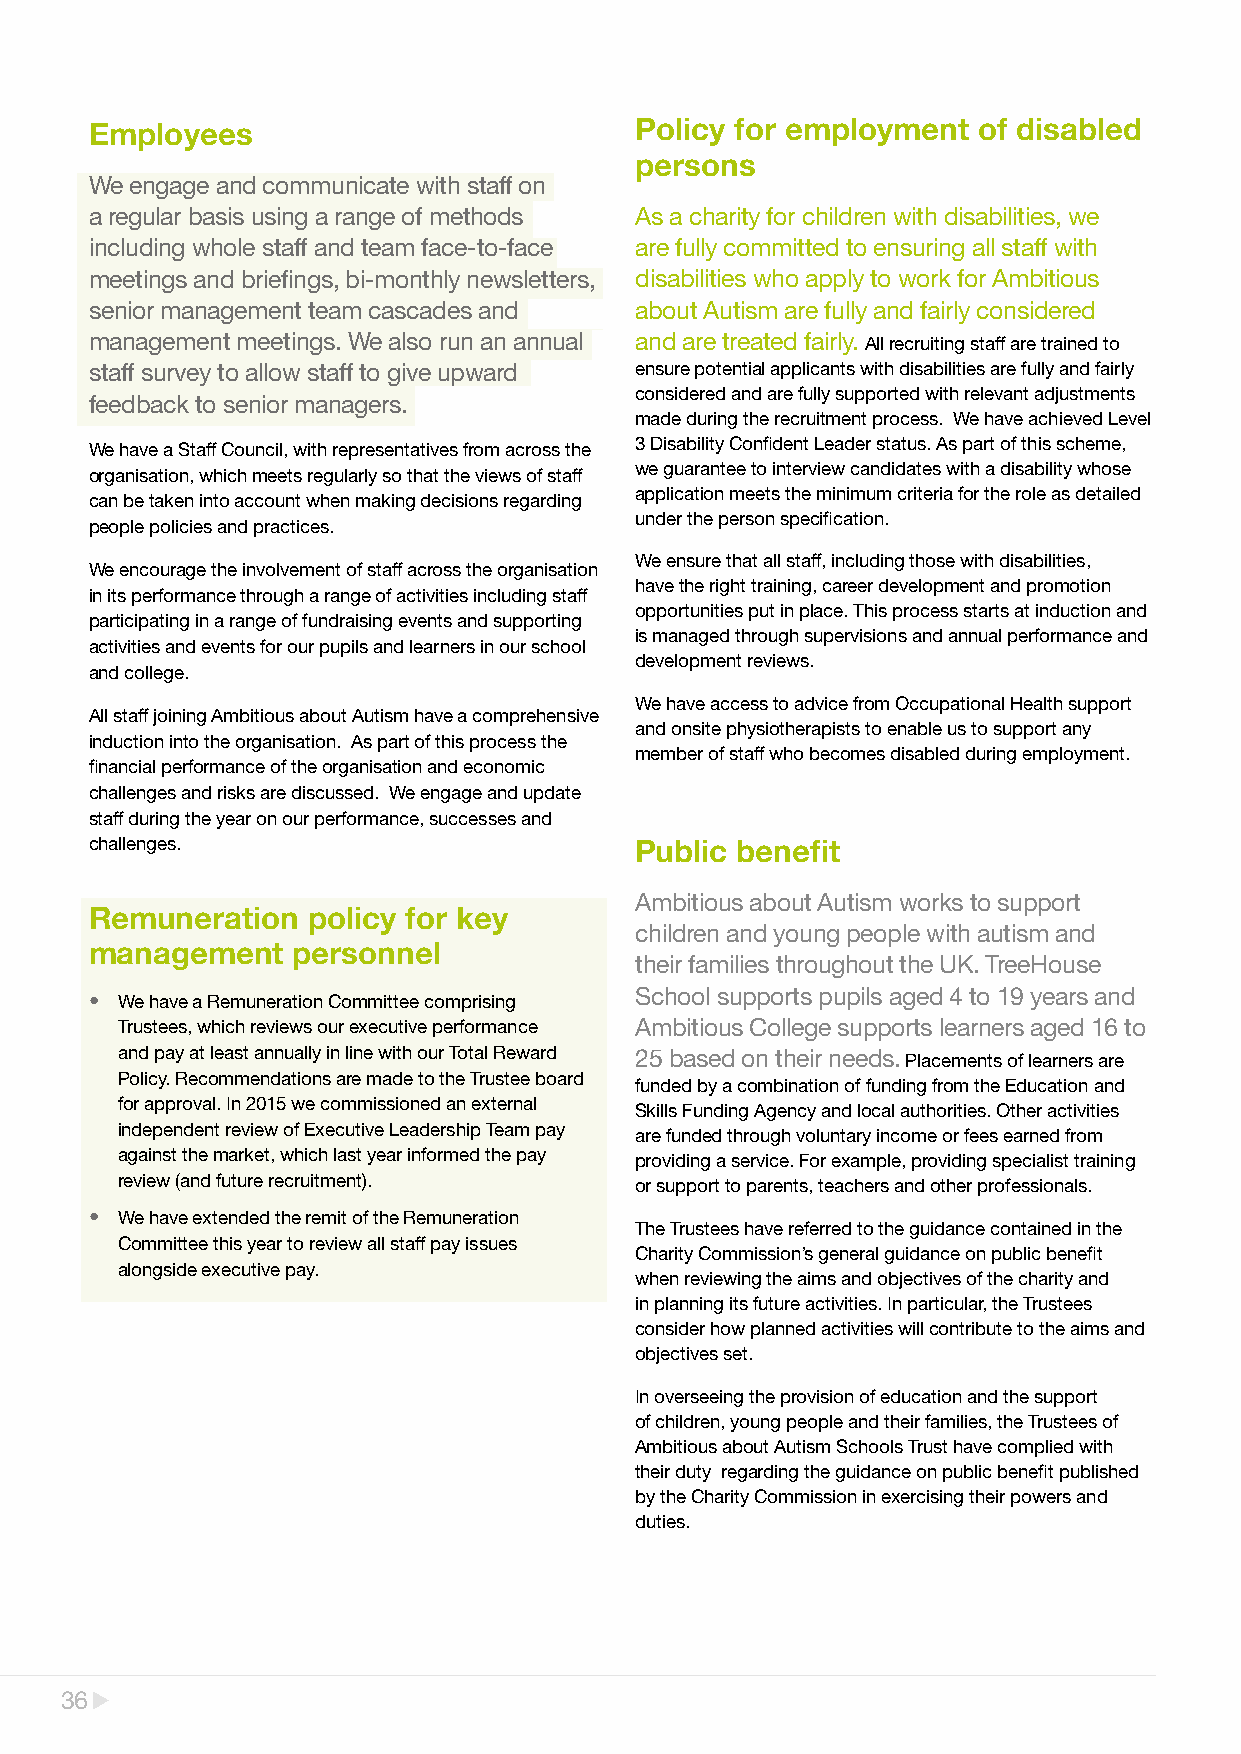
Employees                           Policy for employment  of disabled
 persons
 We engage and communicate with staff on
 a regular basis using a range of methods As a charity for children with disabilities, we
 including whole staff and team face-to-face are fully committed to ensuring all staff with
 meetings and briefings, bi-monthly newsletters, disabilities who apply to work for Ambitious
 senior management team cascades and about Autism are fully and fairly considered
 management meetings. We also run an annual and are treated fairly. All recruiting staff are trained to
 staff survey to allow staff to give upward ensure potential applicants with disabilities are fully and fairly
 considered and are fully supported with relevant adjustments
 feedback to senior managers.
 made during the recruitment process. We have achieved Level
 We have a Staff Council, with representatives from across the 3 Disability Confident Leader status. As part of this scheme,
 we guarantee to interview candidates with a disability whose
 organisation, which meets regularly so that the views of staff
 application meets the minimum criteria for the role as detailed
 can be taken into account when making decisions regarding
 under the person specification.
 people policies and practices.
 We ensure that all staff, including those with disabilities,
 We encourage the involvement of staff across the organisation
 have the right training, career development and promotion
 in its performance through a range of activities including staff
 opportunities put in place. This process starts at induction and
 participating in a range of fundraising events and supporting
 is managed through supervisions and annual performance and
 activities and events for our pupils and learners in our school
 development reviews.
 and college.
 We have access to advice from Occupational Health support
 All staff joining Ambitious about Autism have a comprehensive
 and onsite physiotherapists to enable us to support any
 induction into the organisation. As part of this process the
 member of staff who becomes disabled during employment.
 financial performance of the organisation and economic
 challenges and risks are discussed. We engage and update
 staff during the year on our performance, successes and
 challenges.                         Public benefit
 Ambitious about Autism works to support
 Remuneration  policy for key
 children and young people with autism and
 management   personnel
 their families throughout the UK. TreeHouse
 • We have a Remuneration Committee comprising School supports pupils aged 4 to 19 years and
 Trustees, which reviews our executive performance Ambitious College supports learners aged 16 to
 and pay at least annually in line with our Total Reward 25 based on their needs. Placements of learners are
 Policy. Recommendations are made to the Trustee board
 funded by a combination of funding from the Education and
 for approval. In 2015 we commissioned an external
 Skills Funding Agency and local authorities. Other activities
 independent review of Executive Leadership Team pay
 are funded through voluntary income or fees earned from
 against the market, which last year informed the pay providing a service. For example, providing specialist training
 review (and future recruitment).  or support to parents, teachers and other professionals.
 • We have extended the remit of the Remuneration
 The Trustees have referred to the guidance contained in the
 Committee this year to review all staff pay issues
 Charity Commission’s general guidance on public benefit
 alongside executive pay.
 when reviewing the aims and objectives of the charity and
 in planning its future activities. In particular, the Trustees
 consider how planned activities will contribute to the aims and
 objectives set.
 In overseeing the provision of education and the support
 of children, young people and their families, the Trustees of
 Ambitious about Autism Schools Trust have complied with
 their duty regarding the guidance on public benefit published
 by the Charity Commission in exercising their powers and
 duties.
 36